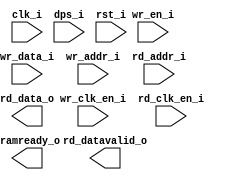
/*******************************************************************************
    Verilog netlist generated by IPGEN Lattice Radiant Software (64-bit)
    2.1.0.27.2
    Soft IP Version: 1.0.0
    Sat Aug 22 18:54:42 2020
*******************************************************************************/
/*******************************************************************************
    Wrapper Module generated per user settings.
*******************************************************************************/
module out_line_ram_ldp (clk_i, dps_i, rst_i, wr_clk_en_i, rd_clk_en_i,
    wr_en_i, wr_data_i, wr_addr_i, rd_addr_i, rd_data_o, lramready_o,
    rd_datavalid_o)/* synthesis syn_black_box syn_declare_black_box=1 */;
    input  clk_i;
    input  dps_i;
    input  rst_i;
    input  wr_clk_en_i;
    input  rd_clk_en_i;
    input  wr_en_i;
    input  [63:0]  wr_data_i;
    input  [10:0]  wr_addr_i;
    input  [10:0]  rd_addr_i;
    output  [63:0]  rd_data_o;
    output  lramready_o;
    output  rd_datavalid_o;
endmodule